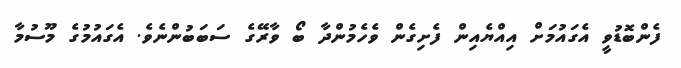
ފެންބޮޑުވީ އެގައުމަށް އިއްޔެއިން ފެށިގެން ވެހެމުންދާ ބޯ ވާރޭގެ ސަަބަބުންނެވެ. އެގައުމުގެ މޫސުމާ